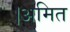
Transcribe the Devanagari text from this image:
।अमित